Lunatic asylums Central Provinces reports 1874-1885 - 1874-1885
Year: 1874
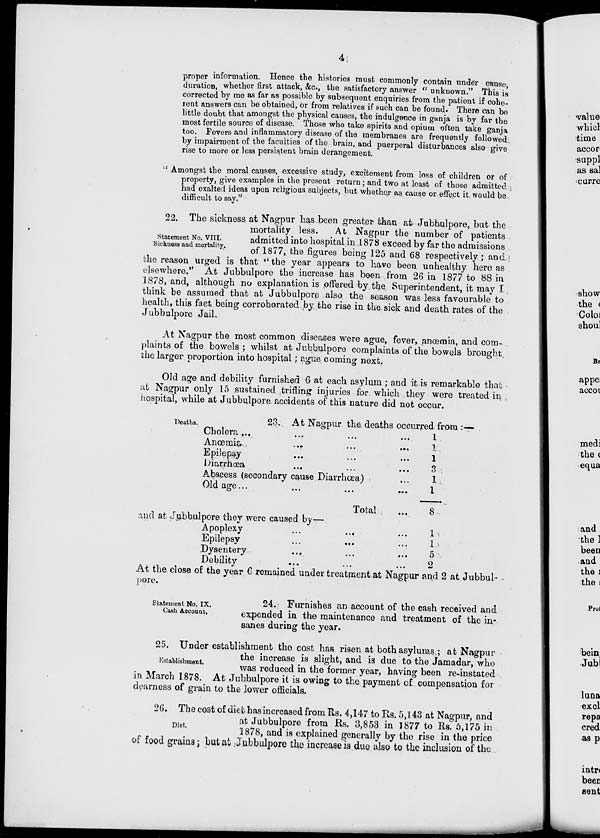
4
proper information. Hence the histories must commonly contain under canse,
duration, whether first attack, &c., the satisfactory answer " unknown." This is
corrected by me as far as possible by subsequent enquiries from the patient if cohe-
rent answers can be obtained, or from relatives if such can be found. There can be
little doubt that amongst the physical causes, the indulgence in ganja is by far the
most fertile source of disease. Those who take spirits and opium often take ganja
too. Fevers and inflammatory disease of the membranes are frequently followed
by impairment of the faculties of the brain, and puerperal disturbances also give
rise to more or less persistent brain derangement
' Amongst the moral causes, excessive study, excitement from loss of children or of
property, give examples in the present return; and two at least of those admitted
had exalted ideas upon religious subjects, but whether as cause or effect it would be
difficult to say."
Statement No. VIII.
Sickness and mortality.
22. The sickness at Nagpur has been greater than at Jubbulpore, but the
mortality less.
At Nagpur the number of patients
admitted into hospital in 1878 exceed by far the admissions
of 1877, the figures being 125 and 68 respectively ; and
the reason urged is that '' the year appears to have been unhealthy here as
elsewhere." At Jubbulpore the increase has been from 26 in 1877 to 88 in
1878, and, although no explanation is offered by the Superintendent, it may I
think be assumed that at Jubbulpore also the season was less favourable to
health, this fact being corroborated by the rise in the sick and death rates of the
Jubbulpore Jail.
At Nagpur the most common diseases were ague, fever, anœmia, and com-
plaints of the bowels ; whilst at Jubbulpore complaints of the bowels brought
the larger proportion into hospital; ague coming next.
Old age and debility furnished 6 at each asylum ; and it is remarkable that
at Nagpur only 15 sustained trifling injuries for which they were treated in
hospital, while at Jubbulpore accidents of this nature did not occur.
Deaths.
23. At Nagpur the deaths occurred from :—
Cholera
...
...
...
...
Anœmia
...
...
...
...
Epilepsy
...
...
...
...
Diarrhœa
...
...
...
...
Abscess (secondary cause Diarrhœa)
...
Old age
...
...
...
...
Total
...
1
1
1
3
1
1
8
and at Jubbulpore they were caused by—
Apoplexy
...
...
...
Epilepsy
...
...
...
Dysentery
...
...
...
Debility
...
...
...
1
1
5
2
At the close of the year 6 remained under treatment at Nagpur and 2 at Jubbul
pore.
Statement No. IX.
Cash Account.
24. Furnishes an account of the cash received and
expended in the maintenance and treatment of the in¬
sanes during the year.
Establishment.
25. Under establishment the cost has risen at both asylums ; at Nagpur
the increase is slight, and is due to the Jamadar, who
was reduced in the former year, having been re-instated
in March 1878. At Jubbulpore it is owing to the payment of compensation for
dearness of grain to the lower officials.
Diet.
26. The cost of diet has increased from Rs. 4,147 to Rs. 5,143 at Nagpur, and
at Jubbulpore from Rs. 3,853 in 1877 to Rs. 5,175 in
1878, and is explained generally by the rise in the price
of food grains; but at Jubbulpore the increase is due also to the inclusion of the